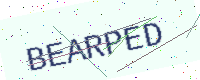
Text: BEARPED